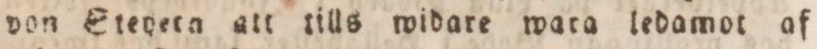
von Eteyetn att tills widare wara ledamot af